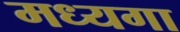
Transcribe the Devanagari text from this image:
मध्यगा